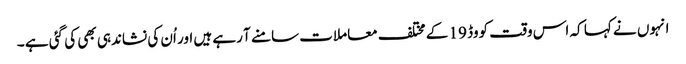
انہوں نے کہا کہ اس وقت کووڈ 19 کے مختلف معاملات سامنے آ رہے ہیں اور اُن کی نشاندہی بھی کی گئی ہے ۔